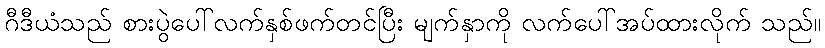
ဂီဒီယံသည် စားပွဲပေါ်လက်နှစ်ဖက်တင်ပြီး မျက်နှာကို လက်ပေါ်အပ်ထားလိုက် သည်။